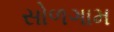
સોળગામ